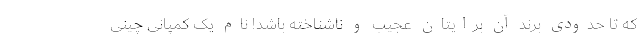
که تا حدودی برند آن برایتان عجیب و ناشناخته باشد! نام یک کمپانی چینی